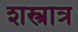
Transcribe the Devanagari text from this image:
शस्त्रात्र